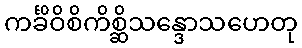
ကင်္ခိဝိစိကိစ္ဆိသန္ဒောသဟေတု